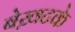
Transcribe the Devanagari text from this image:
बेख़टके